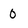
Character: 0